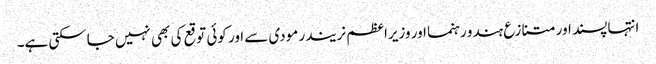
انتہا پسند اور متنازع ہندو رہنما اور وزیراعظم نریندر مودی سے اور کوئی توقع کی بھی نہیں جاسکتی ہے۔